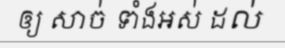
ឲ្យ សាច់ ទាំងអស់ ដល់